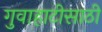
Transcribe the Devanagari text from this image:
गुवाहाटीसाठी